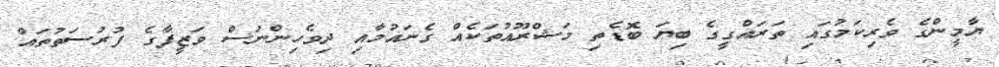
ޔާމީންގެ ވެރިކަމުގައި ތަރައްގީގެ ބިޔަ ބޮޑެތި މަޝްރޫއުތަކެއް ގެނައުމާއި ދިވެހިންނަސް ވަޒީފާގެ ފުރުސަތުތައް